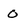
Character: 0